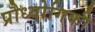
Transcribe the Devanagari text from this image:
प्रौध्योगिकी